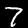
Label: 7